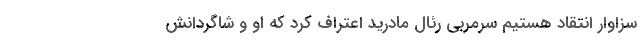
سزاوار انتقاد هستیم سرمربی رئال مادرید اعتراف کرد که او و شاگردانش